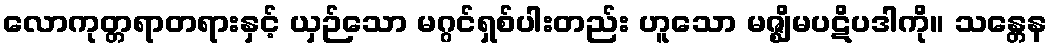
လောကုတ္တရာတရားနှင့် ယှဉ်သော မဂ္ဂင်ရှစ်ပါးတည်း ဟူသော မဇ္ဈိမပဋိပဒါကို။ သန္တေန